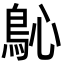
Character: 𩾽